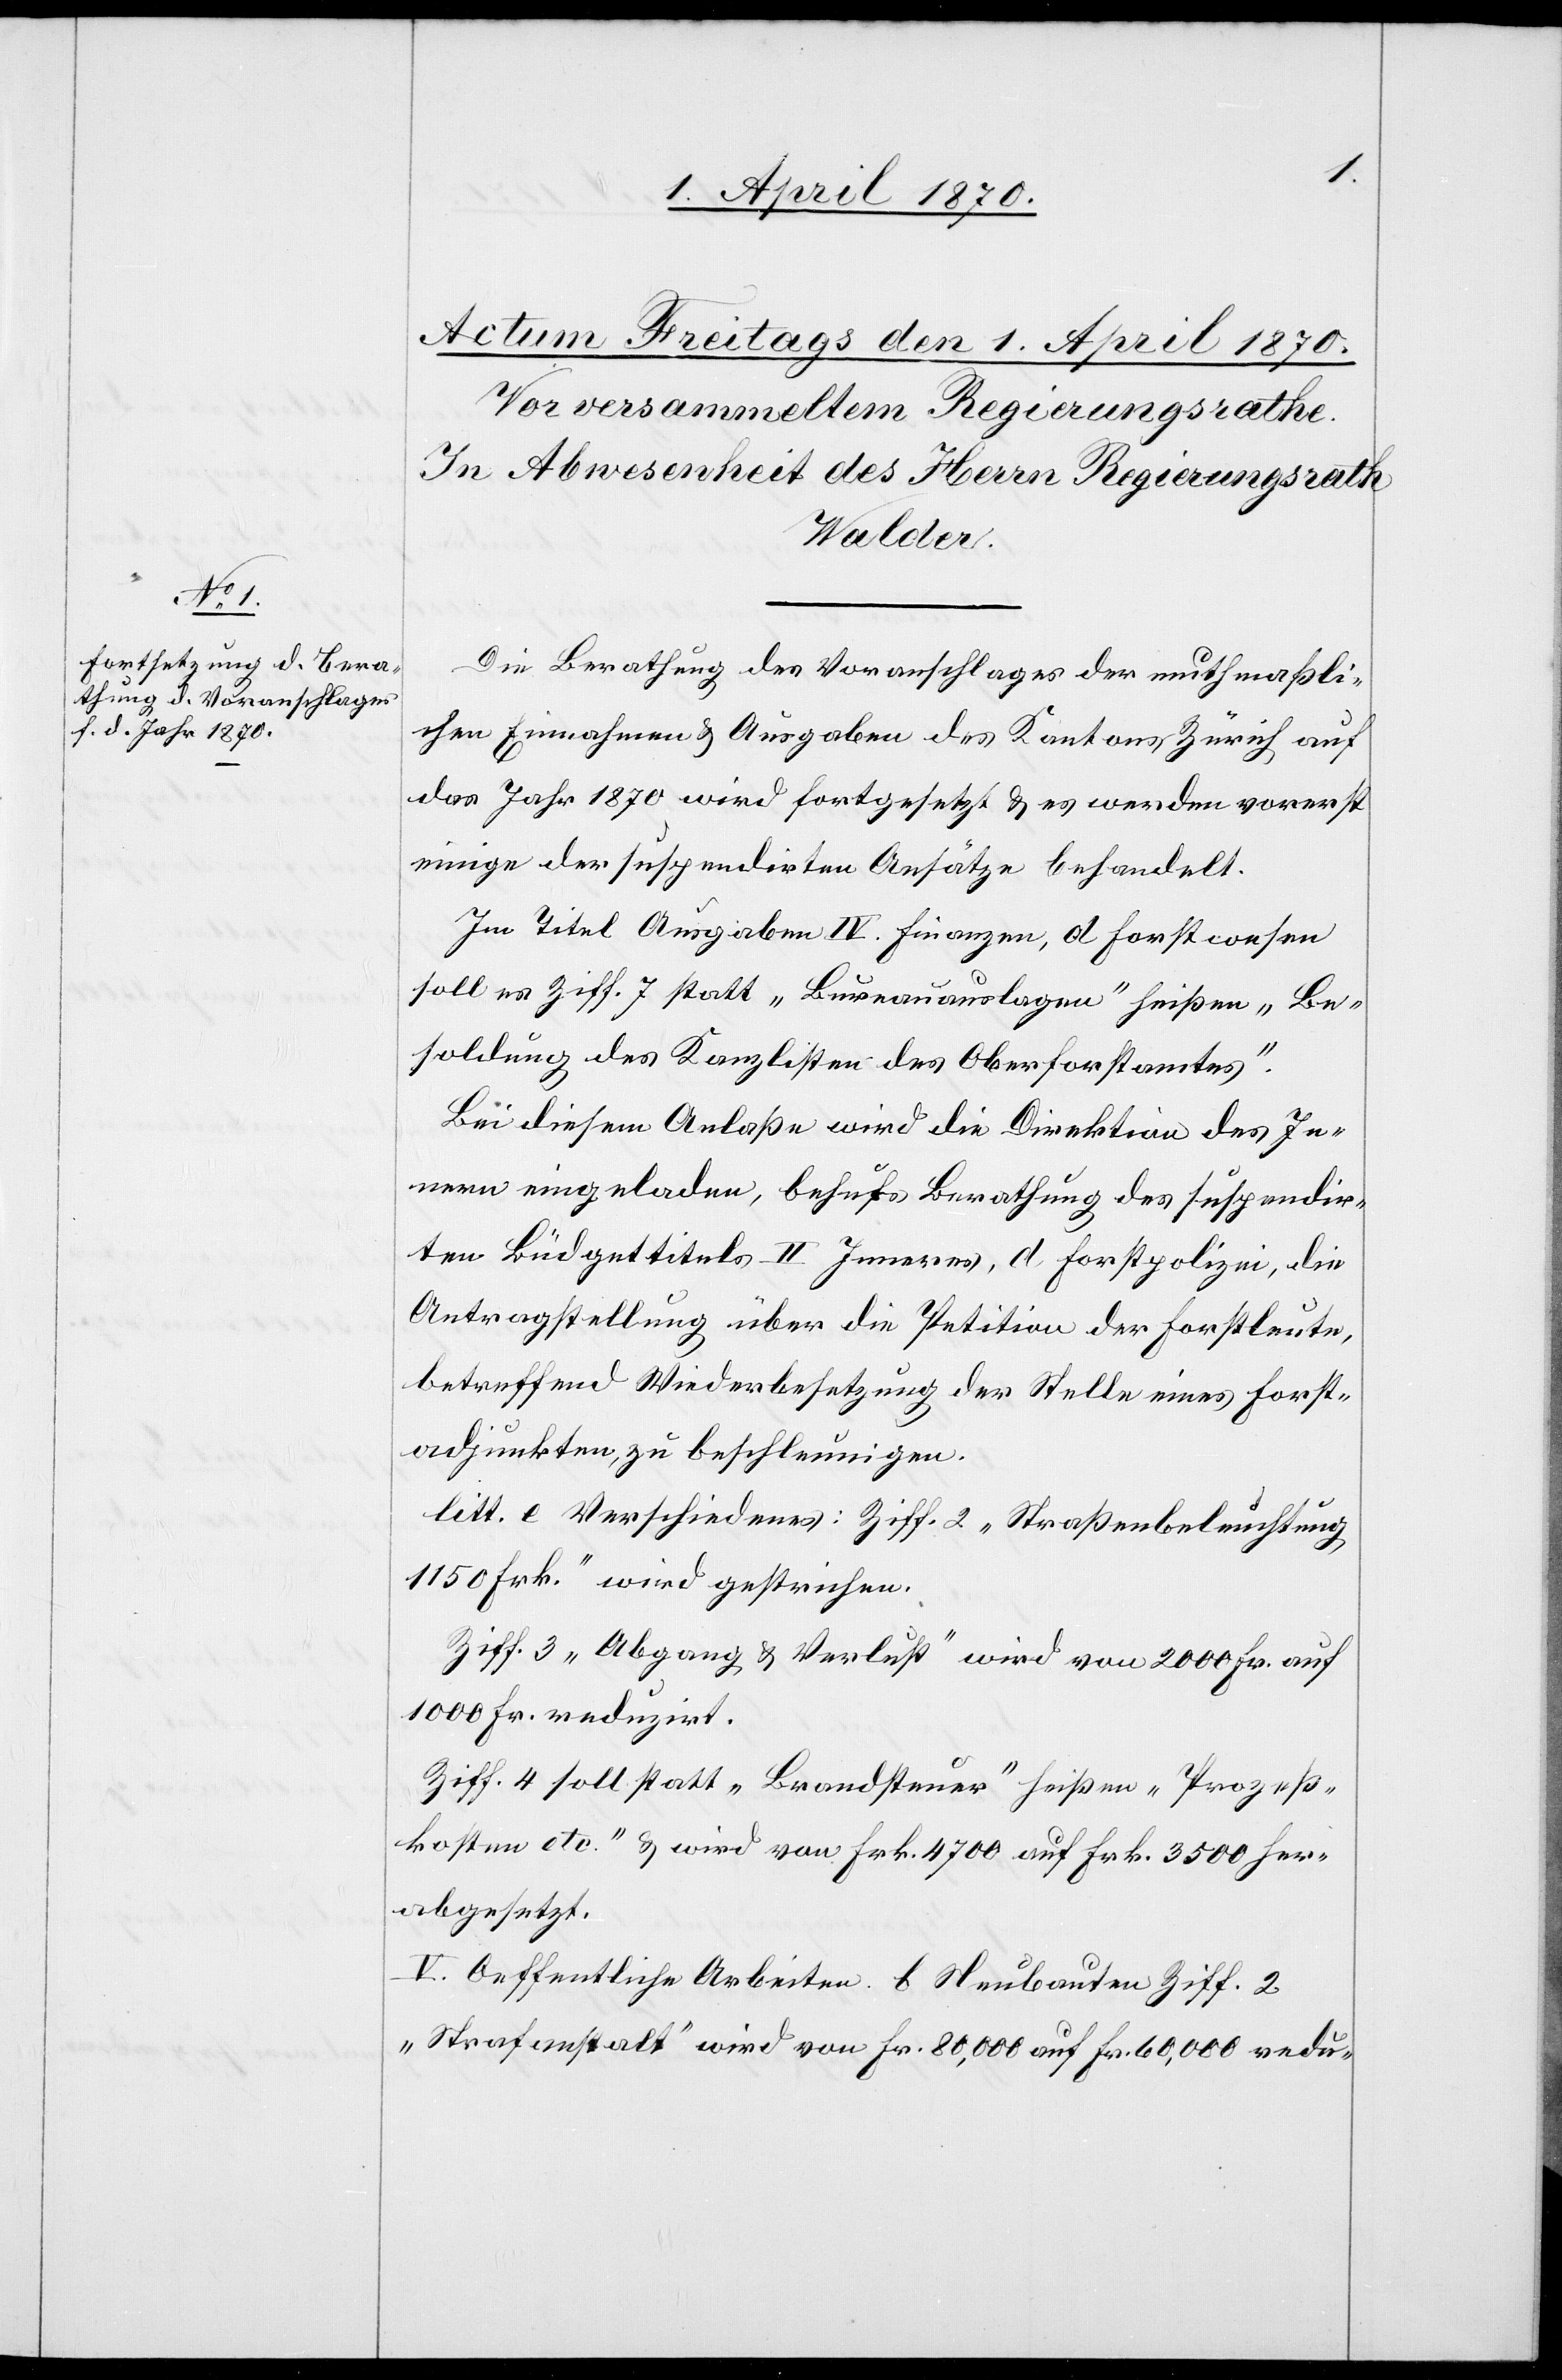
Die Berathung des Voranschlages der muthmaßli¬
chen Einnahmen & Ausgaben des Kantons Zürich auf
das Jahr 1870 wird fortgesetzt & es werden vorerst
einige der suspendirten Ansätze behandelt.
Im Titel Ausgaben IV. Finanzen, d Forstwesen
soll es Ziff. 7 statt „Bureauauslagen“ heißen „Be¬
soldung des Kanzlisten des Oberforstamtes.“
Bei diesem Anlaße wird die Direktion des In¬
nern eingeladen, behufs Berathung des suspendir¬
ten Büdgettitels II Inneres, d Forstpolizei, die
Antragstellung über die Petition der Forstleute,
betreffend Wiederbesetzung der Stelle eines Forst¬
adjunkten, zu beschleunigen.
litt. e Verschiedenes: Ziff. 2 „Straßenbeleuchtung
1150 Frk.“ wird gestrichen.
Ziff. 3 „Abgang & Verlust“ wird von 2000 Fr. auf
1000 Fr. reduzirt.
Ziff. 4 soll statt „Brandsteuer“ heißen „Prozeß¬
kosten etc.“ & wird von Frk. 4700 auf Frk. 3500 her¬
abgesetzt.
V. Oeffentliche Arbeiten b. Neubauten Ziff. 2
„Strafanstalt“ wird von Fr. 80,000 auf Fr. 60,000 redu-